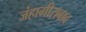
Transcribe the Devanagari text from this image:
जंहागीराबाद